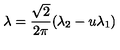
\lambda = \frac { \sqrt 2 } { 2 \pi } ( \lambda _ { 2 } - u \lambda _ { 1 } )